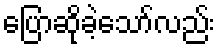
ပြောဆိုခဲ့သော်လည်း